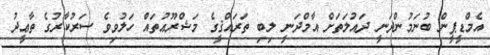
އެމްޑީޕީން ބުނަމުންދަނީ ދައުލަތަށް އާމްދަނީ ލިބި ތަރައްޤީގެ މަޝްރޫޢުތައް ހަލުވިވެ ސަރުކާރުގެ ތާޢީދު